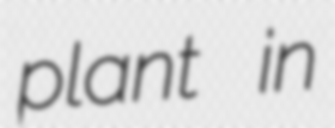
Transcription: plant in